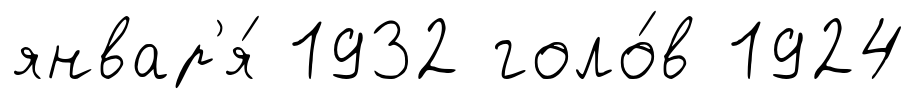
январ'я́ 1932 голо́в 1924